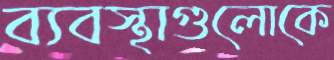
ব্যবস্থাগুলোকে